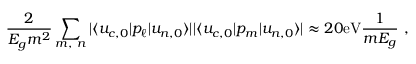
{ \frac { 2 } { E _ { g } m ^ { 2 } } } \sum _ { m , \ n } { | \langle u _ { c , 0 } | p _ { \ell } | u _ { n , 0 } \rangle | } { | \langle u _ { c , 0 } | p _ { m } | u _ { n , 0 } \rangle | } \approx 2 0 \mathrm { e V } { \frac { 1 } { m E _ { g } } } \ ,